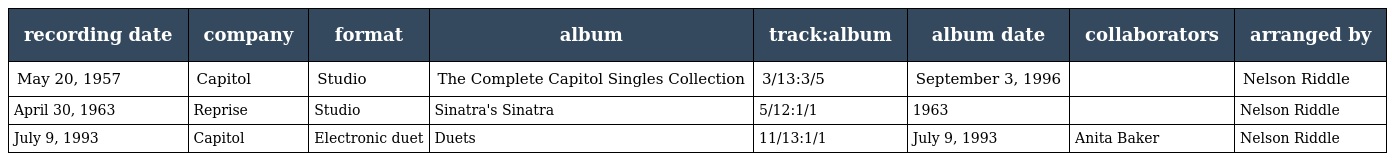
| recording date | company | format | album | track:album | album date | collaborators | arranged by |
 | --- | --- | --- | --- | --- | --- | --- | --- |
 | May 20, 1957 | Capitol | Studio | The Complete Capitol Singles Collection | 3/13:3/5 | September 3, 1996 |  | Nelson Riddle |
 | April 30, 1963 | Reprise | Studio | Sinatra's Sinatra | 5/12:1/1 | 1963 |  | Nelson Riddle |
 | July 9, 1993 | Capitol | Electronic duet | Duets | 11/13:1/1 | July 9, 1993 | Anita Baker | Nelson Riddle |